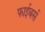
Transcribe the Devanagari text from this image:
फाईबर्स